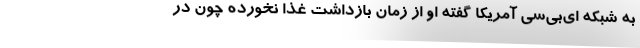
به شبکه ای‌بی‌سی آمریکا گفته او از زمان بازداشت غذا نخورده چون در